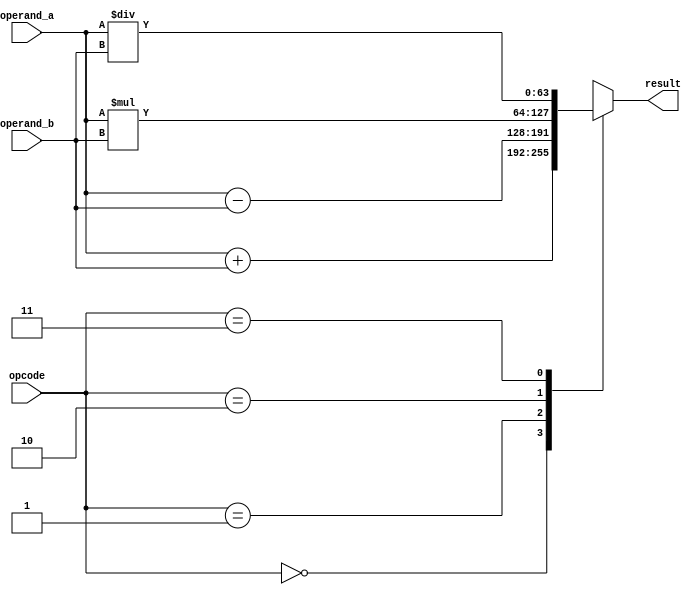
module extended_precision_fpu (
    input wire [63:0] operand_a,
    input wire [63:0] operand_b,
    input wire [1:0] opcode, // 00 for addition, 01 for subtraction, 10 for multiplication, 11 for division
    output reg [63:0] result
);

// Arithmetic blocks for addition, subtraction, multiplication, and division
always @(*) begin
    case(opcode)
        2'b00: result = operand_a + operand_b; // addition
        2'b01: result = operand_a - operand_b; // subtraction
        2'b10: result = operand_a * operand_b; // multiplication
        2'b11: result = operand_a / operand_b; // division
        default: result = 64'b0; // default case
    endcase
end

endmodule